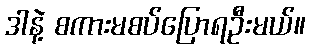
ဒါနဲ့ စကားမစပ်ပြောရဦးမယ်။